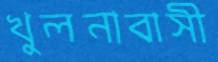
খুলনাবাসী